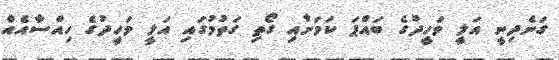
ގަނެދިނީ އަލީ ވަހީދުގެ ބައްޕަ ކަމަށާއި ގޯތި ގަތުމުގައި އަލީ ވަހީދުގެ ހިއްސާއެއް